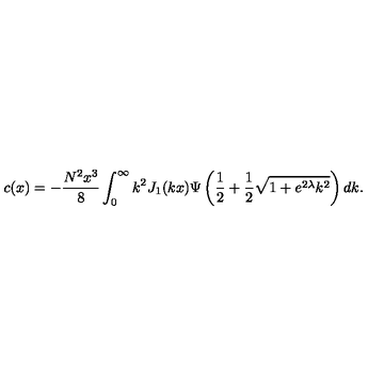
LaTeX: c ( x ) = - \frac { N ^ { 2 } x ^ { 3 } } { 8 } \int _ { 0 } ^ { \infty } k ^ { 2 } J _ { 1 } ( k x ) \Psi \left( \frac { 1 } { 2 } + \frac { 1 } { 2 } \sqrt { 1 + e ^ { 2 \lambda } k ^ { 2 } } \right) d k .